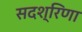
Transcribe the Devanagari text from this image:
सदश्रिणा